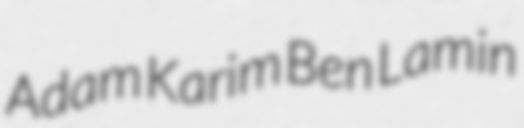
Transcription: Adam Karim Ben Lamin